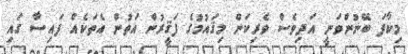
މިކާފަ ބޭނުންވަނީ އަދިވެސް ވެރިކަން މިޤައުމުގެ ފަޤީރުން އަތުން އެތަކެއް ފައިސާ ގައި